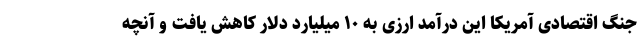
جنگ اقتصادی آمریکا این درآمد ارزی به ١٠ میلیارد دلار کاهش یافت و آنچه